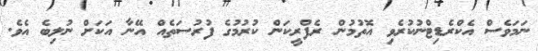
ނަމަވެސް އެކްރެޑިޓްނުކުރެވި އޮތުމުން ރެފްރީކަން ކުރުމުގެ ފުރުސަތެއް އޭނާ އަކަށް ނުލިބެ އެވެ.